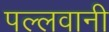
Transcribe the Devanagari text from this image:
पल्लवानी